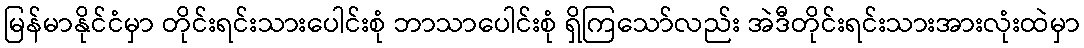
မြန်မာနိုင်ငံမှာ တိုင်းရင်းသားပေါင်းစုံ ဘာသာပေါင်းစုံ ရှိကြသော်လည်း အဲဒီတိုင်းရင်းသားအားလုံးထဲမှာ